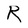
Character: R